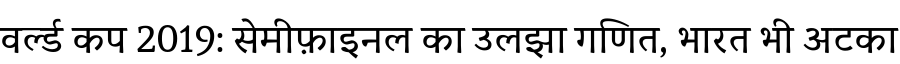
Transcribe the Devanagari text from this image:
वर्ल्ड कप 2019: सेमीफ़ाइनल का उलझा गणित, भारत भी अटका